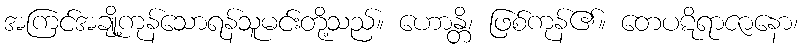
အကြင်အချို့ကုန်သောရန်သူမင်းတို့သည်။ ဟောန္တိ၊ ဖြစ်ကုန်၏။ တေပဋိရာဇာနော၊